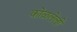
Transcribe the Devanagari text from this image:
कोळलेली